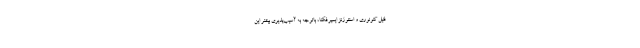
فنیل کتونوری و استئوژنز ایمپرفکتا، باتوجه به آسیب‌پذیری بیشتر این